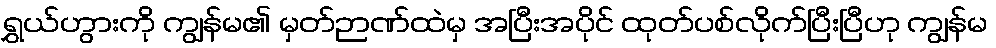
ရွှယ်ဟွားကို ကျွန်မ၏ မှတ်ဉာဏ်ထဲမှ အပြီးအပိုင် ထုတ်ပစ်လိုက်ပြီးပြီဟု ကျွန်မ